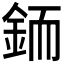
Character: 𲇋